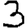
Digit: 3